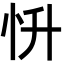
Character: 𢗢